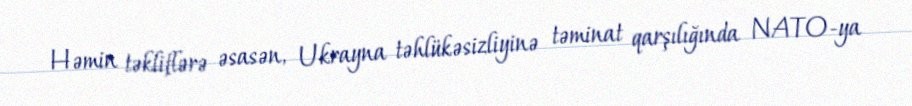
Həmin təkliflərə əsasən, Ukrayna təhlükəsizliyinə təminat qarşılığında NATO-ya